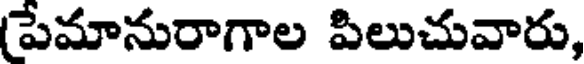
పేమానురాగాల పిలుచువారు,